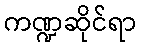
ကဏ္ဍဆိုင်ရာ